Annual report on the mental hospital in the Central Provinces and Berar (Nagpur) - 1927-1951
Year: 1927
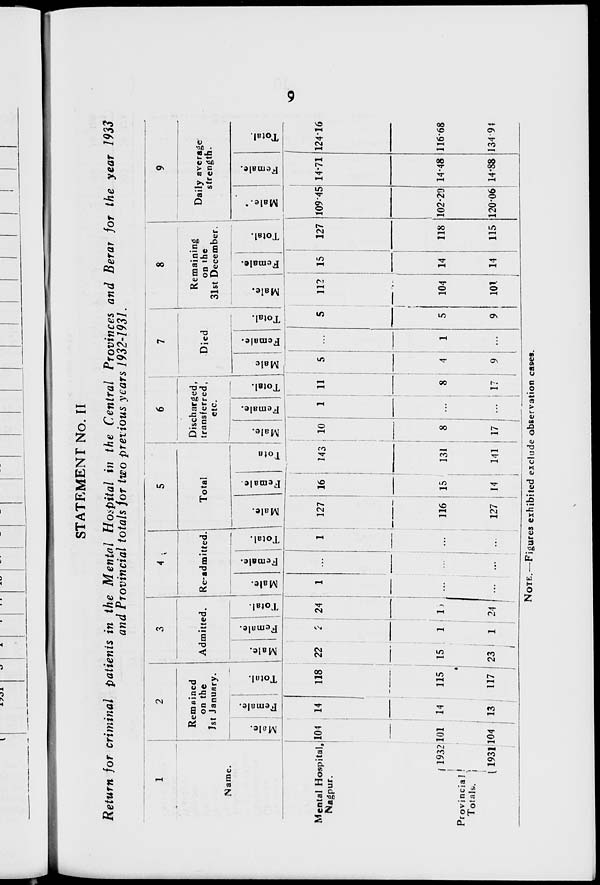
9
STATEMENT No. II
Return for criminal patients in the Mental Hospital in the Central Provinces and Berar for the year 1933
and Provincial totals for two previous years 1932-1931.
1
Name.
Mental Hospital,
Nagpur.
Provincial
Totals.
1932
1931
2
Remained
on the
1st January.
Male.
104
101
104
Female.
14
14
13
Total.
118
115
117
3
Admitted.
Male.
22
15
23
Female.
2
1
1
Total.
24
16
24
4
Re-admitted.
Male.
1
...
...
Female.
...
...
...
Total.
1
...
...
5
Total
Male.
127
116
127
Female.
16
15
14
Total.
143
131
141
6
Discharged,
transferred,
etc.
Male.
10
8
17
Female.
1
...
...
Total.
11
8
17
7
Died
Male
5
4
9
Female.
...
1
...
Total.
5
5
9
8
Remaining
on the
31st December.
Male.
112
104
101
Female.
15
14
14
Total.
127
118
115
9
Daily average
strength.
Male.
109.45
102.20
120.06
Female.
14.71
14.48
14.88
Total.
124.16
116.68
134.94
NOTE.—Figures exhibited exclude observation cases.